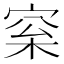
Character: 梥